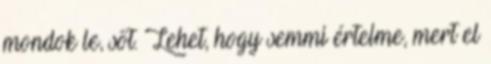
mondok le, sőt. Lehet, hogy semmi értelme, mert el